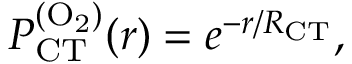
P _ { \mathrm { C T } } ^ { \mathrm { ( O _ { 2 } ) } } ( r ) = e ^ { - r / R _ { \mathrm { C T } } } ,